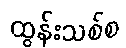
ထွန်းသစ်စ